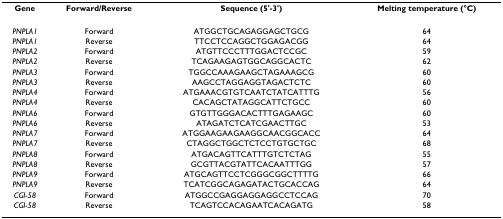
<table><thead><tr><td><b>Gene</b></td><td><b>Forward/Reverse</b></td><td><b>Sequence (5&#x27;-3&#x27;)</b></td><td><b>Melting temperature (°C)</b></td></tr></thead><tbody><tr><td><i>PNPLA1</i></td><td>Forward</td><td>ATGGCTGCAGAGGAGCTGCG</td><td>64</td></tr><tr><td><i>PNPLA1</i></td><td>Reverse</td><td>TTCCTCCAGGCTGGAGACGG</td><td>64</td></tr><tr><td><i>PNPLA2</i></td><td>Forward</td><td>ATGTTCCCTTTGGACTCCGC</td><td>59</td></tr><tr><td><i>PNPLA2</i></td><td>Reverse</td><td>TCAGAAGAGTGGCAGGCACTC</td><td>62</td></tr><tr><td><i>PNPLA3</i></td><td>Forward</td><td>TGGCCAAAGAAGCTAGAAAGCG</td><td>60</td></tr><tr><td><i>PNPLA3</i></td><td>Reverse</td><td>AAGCCTAGGAGGTAGACTCTC</td><td>60</td></tr><tr><td><i>PNPLA4</i></td><td>Forward</td><td>ATGAAACGTGTCAATCTATCATTTG</td><td>56</td></tr><tr><td><i>PNPLA4</i></td><td>Reverse</td><td>CACAGCTATAGGCATTCTGCC</td><td>60</td></tr><tr><td><i>PNPLA6</i></td><td>Forward</td><td>GTGTTGGGACACTTTGAGAAGC</td><td>60</td></tr><tr><td><i>PNPLA6</i></td><td>Reverse</td><td>ATAGATCTCATCGAACTTGC</td><td>53</td></tr><tr><td><i>PNPLA7</i></td><td>Forward</td><td>ATGGAAGAAGAAGGCAACGGCACC</td><td>64</td></tr><tr><td><i>PNPLA7</i></td><td>Reverse</td><td>CTAGGCTGGCTCTCCTGTGCTGC</td><td>68</td></tr><tr><td><i>PNPLA8</i></td><td>Forward</td><td>ATGACAGTTCATTTGTCTCTAG</td><td>55</td></tr><tr><td><i>PNPLA8</i></td><td>Reverse</td><td>GCGTTACGTATTCACAATTTGG</td><td>57</td></tr><tr><td><i>PNPLA9</i></td><td>Forward</td><td>ATGCAGTTCCTCGGGCGGCTTTTG</td><td>66</td></tr><tr><td><i>PNPLA9</i></td><td>Reverse</td><td>TCATCGGCAGAGATACTGCACCAG</td><td>64</td></tr><tr><td><i>CGI-58</i></td><td>Forward</td><td>ATGGCCGAGGAGGAGGCCTCCAG</td><td>70</td></tr><tr><td><i>CGI-58</i></td><td>Reverse</td><td>TCAGTCCACAGAATCACAGATG</td><td>58</td></tr></tbody></table>